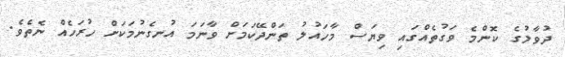
ދުވާލުގެ ކޮންމެ ވަގުތެއްގައި ވިޔަސް މާހައުލު ތަންދޭކަމަށް ވާނަމަ އުނގެނުމަކަށް ހުރަހެއް ނެތެވެ.